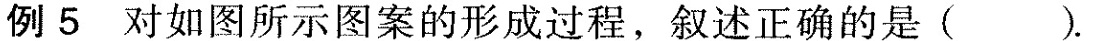
例5 对如图所示图案的形成过程，叙述正确的是().